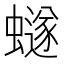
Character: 𮕆